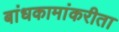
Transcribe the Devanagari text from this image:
बांधकामांकरीता